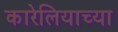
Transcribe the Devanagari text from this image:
कारेलियाच्या